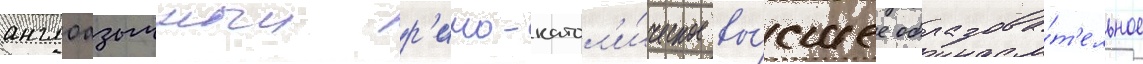
англоазычныи р'имо-катол'и́ческое вы́сшее образова́т'ельное